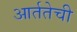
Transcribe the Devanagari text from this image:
आर्ततेची